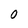
Character: O